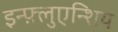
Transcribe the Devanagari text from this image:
इन्फ़्लुएन्शिय